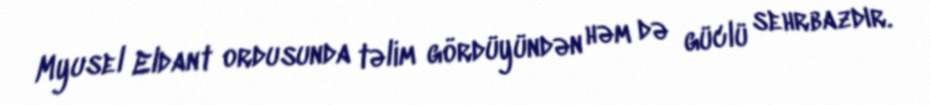
Myusel Eldant ordusunda təlim gördüyündən həm də güclü sehrbazdır.